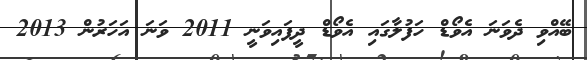
ބޭއްވި ދެވަނަ އެވޯޑް ހަފުލާގައި އެވޯޑް ދީފައިވަނީ 2011 ވަނަ އަހަރުން 2013